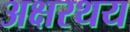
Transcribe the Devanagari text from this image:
अक्षरथय